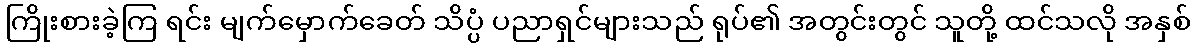
ကြိုးစားခဲ့ကြ ရင်း မျက်မှောက်ခေတ် သိပ္ပံ ပညာရှင်များသည် ရုပ်၏ အတွင်းတွင် သူတို့ ထင်သလို အနှစ်